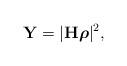
LaTeX: \begin{align*}\mathbf{Y}=|\mathbf{H}\boldsymbol{\rho}|^2,\end{align*}